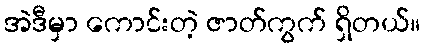
အဲဒီမှာ ကောင်းတဲ့ ဇာတ်ကွက် ရှိတယ်။